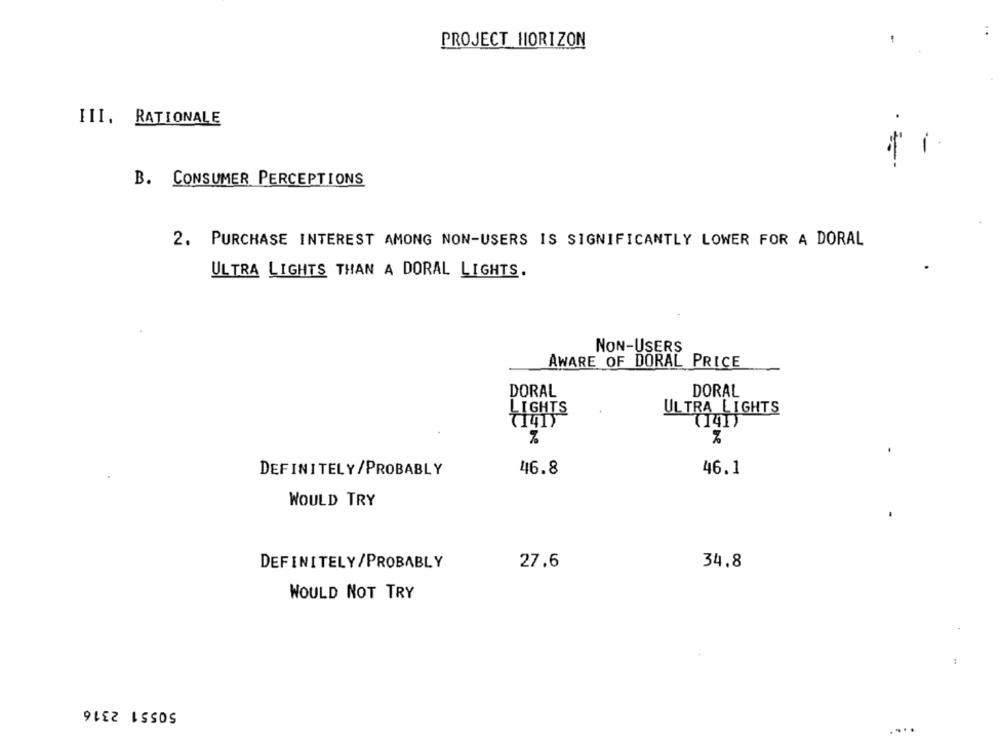
PROJECT HORIZON
III. RATIONALE
B. CONSUMER PERCEPTIONS
2. PURCHASE INTEREST AMONG NON-USERS IS SIGNIFICANTLY LOWER FOR A DORAL
ULTRA LIGHTS THAN A DORAL LIGHTS.
NON-USERS
AWARE OF DORAL PRICE
DORAL
DORAL
ĻIGHTS
ULTRA LIGHTS
(14I)
DEFINITELY/PROBABLY
46.8
46.1
WOULD TRY
DEFINITELY/PROBABLY
27.6
34.8
WOULD NOT TRY
50551 2316